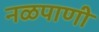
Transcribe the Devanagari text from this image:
नळपाणी